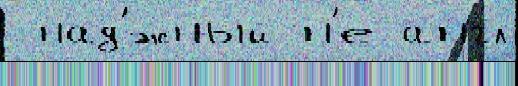
 над'́жный н'е англ